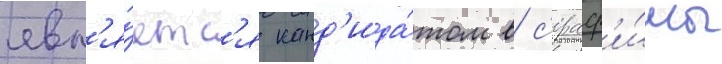
явл'я́етс'я канд'ида́том в с'ераф'и́мы